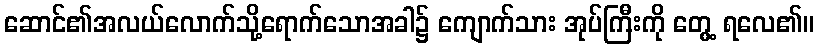
ဆောင်၏အလယ်လောက်သို့ရောက်သောအခါ၌ ကျောက်သား အုပ်ကြီးကို တွေ့ ရလေ၏။